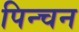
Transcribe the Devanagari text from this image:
पिन्चन